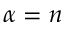
\alpha = n